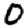
Digit: 0